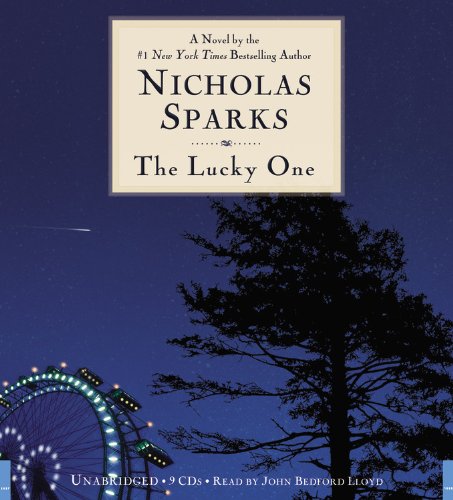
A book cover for The Lucky One; Nicholas Sparks; Literature & Fiction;